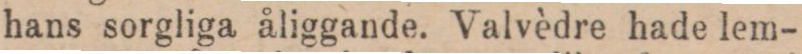
hans sorgliga åliggande. Valvèdre hade lem-